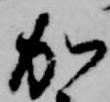
加